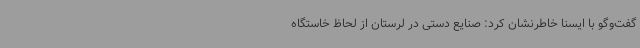
گفت‌وگو با ایسنا خاطرنشان کرد: صنایع دستی در لرستان از لحاظ خاستگاه